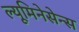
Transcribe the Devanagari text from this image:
ल्यूमिनेसेन्स